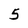
Character: 5